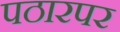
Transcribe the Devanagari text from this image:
पठारपर